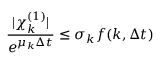
{ \frac { | \chi _ { k } ^ { ( 1 ) } | } { e ^ { \mu _ { k } \Delta t } } } \le \sigma _ { k } f ( k , \Delta t )